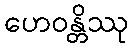
ဟေဝန္တိဿု